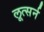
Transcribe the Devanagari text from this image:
लूत्सर्न